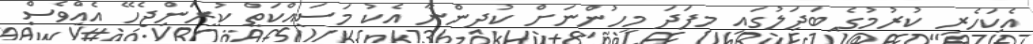
އެކަހެރި ކުރުމުގެ ބަދަލުގައި މިފަދަ މީހުންނަށް ކުދިންނާ އެކު މަސައްކަތް ކުރަންޖެހޭ އެއްވެސް